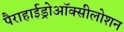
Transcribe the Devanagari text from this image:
पैराहाईड्रोऑक्सीलोशन